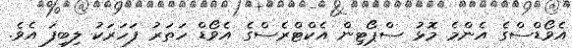
އެވޯޑްސްގެ އެންމެ މޮޅު ސްޕޯޓިން އެކްޓްރެސްގެ އެވޯޑް ހަތަރު ފަހަރަކު ލިބިފަ އެވެ.